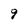
Character: 9